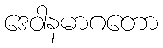
ဒေဝါနမာဂတော